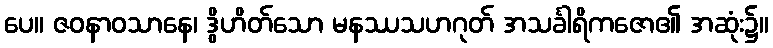
ပေ။ ဇဝနာဝသာနေ၊ ဒွိဟိတ်သော မနဿသဟဂုတ် အသင်္ခါရိကဇော၏ အဆုံး၌။